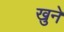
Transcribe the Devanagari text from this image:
खुने